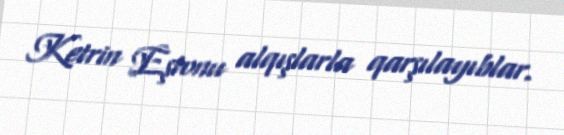
Ketrin Eştonu alqışlarla qarşılayıblar.